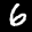
Label: 6